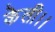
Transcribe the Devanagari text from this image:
केली।।